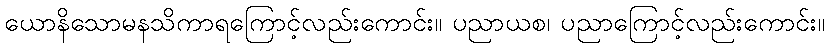
ယောနိသောမနသိကာရကြောင့်လည်းကောင်း။ ပညာယစ၊ ပညာကြောင့်လည်းကောင်း။